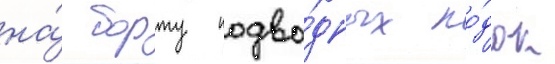
на́ борту подво́дных ло́док